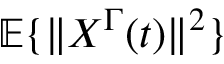
\mathbb { E } \{ \| X ^ { \Gamma } ( t ) \| ^ { 2 } \}